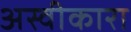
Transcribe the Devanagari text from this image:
अस्वीकारा